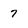
Character: 7